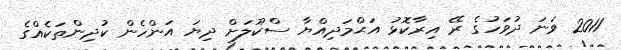
2011 ވަނަ ދުވަހުގެ ރޭ އިރާކޮޅު އަޙްމަދިއްޔާ ސްކޫލަށް ދިޔަ އަންހެން ކުދިންތަކެއްގެ